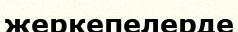
жеркепелерде